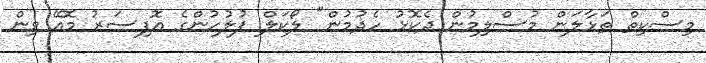
މިސްކިތް ތަޅާލަން މުސްލިމުން ދެކޮޅު ހެދުމުން" ލޯކަލް ފުލުހުންގެ އޮފިސަރު މޮއޭ ވިން